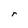
Character: r